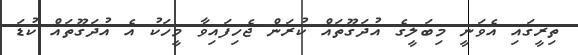
ތިރީގައި އެވަނީ މިބަލީގެ އުދަގޫތައް ކުރަން ޖެހިފައިވާ މީހަކު އެ އުދަގޫތައް ކުޑަ